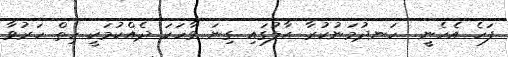
ފަހެ އެހެނީ  ހަނދުމަނުކުރާ ޙާލުގައި ގިނަ ވާހަކަ ދެއްކުމަކީ ހިތް ހަރުވާ